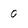
Character: o